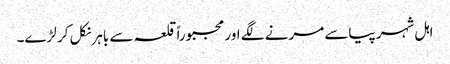
اہل شہر پیاسے مرنے لگے اور مجبوراً قلعہ سے باہر نکل کر لڑے۔